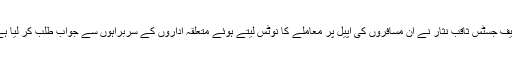
چیف جسٹس ثاقب نثار نے ان مسافروں کی اپیل پر معاملے کا نوٹس لیتے ہوئے متعلقہ اداروں کے سربراہوں سے جواب طلب کر لیا ہے۔